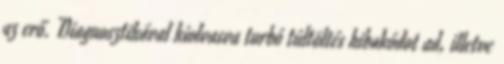
az erő. Diagnosztikával kiolvasva turbó túltöltés hibakódot ad, illetve